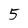
Character: 5